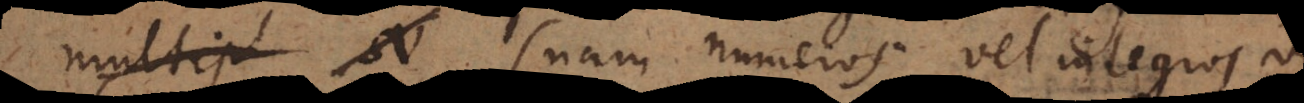
multipl a (nam numeros vel integr